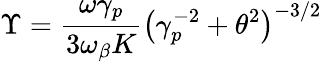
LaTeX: \Upsilon=\frac{\omega\gamma_{p}}{3\omega_{\beta}K}\left(\gamma_{p}^{-2}+\theta^{2}\right)^{-3/2}